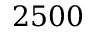
2 5 0 0